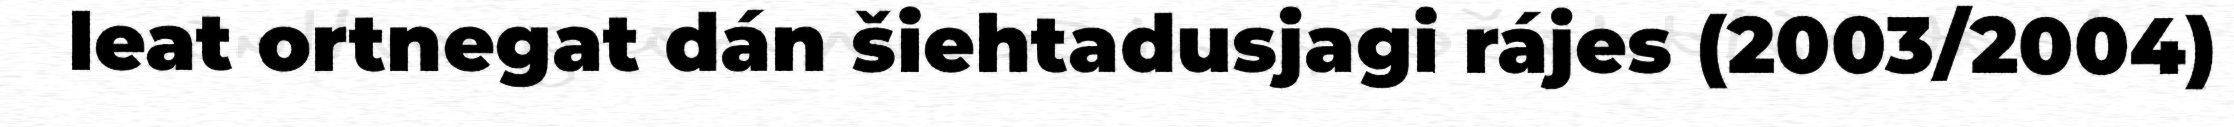
leat ortnegat dán šiehtadusjagi rájes (2003/2004)